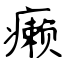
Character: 癞